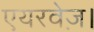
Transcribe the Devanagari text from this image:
एयरवेज़।